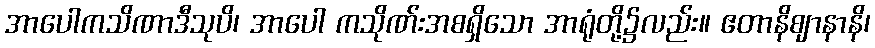
အာပေါကသိဏာဒီသုပိ၊ အာပေါ ကသိုဏ်းအစရှိသော အာရုံတို့၌လည်း။ ဧတာနိဈာနာနိ၊